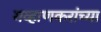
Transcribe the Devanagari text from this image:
गव्हाणकरांच्या